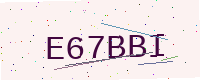
Text: E67BBI